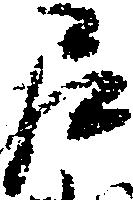
尼